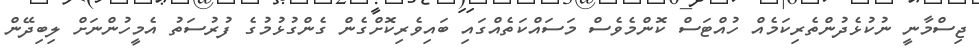
ޖިސްމާނީ ނުކުޅެދުންތެރިކަމެއް ހުއްޓަސް ކޮންމެވެސް މަސައްކަތެއްގައި ބައިވެރިކޮށްގެން ގެންގުޅުމުގެ ފުރުސަތު އެމީހުންނަށް ލިބިދޭން